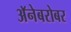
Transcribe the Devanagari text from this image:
अॅनेबरोबर